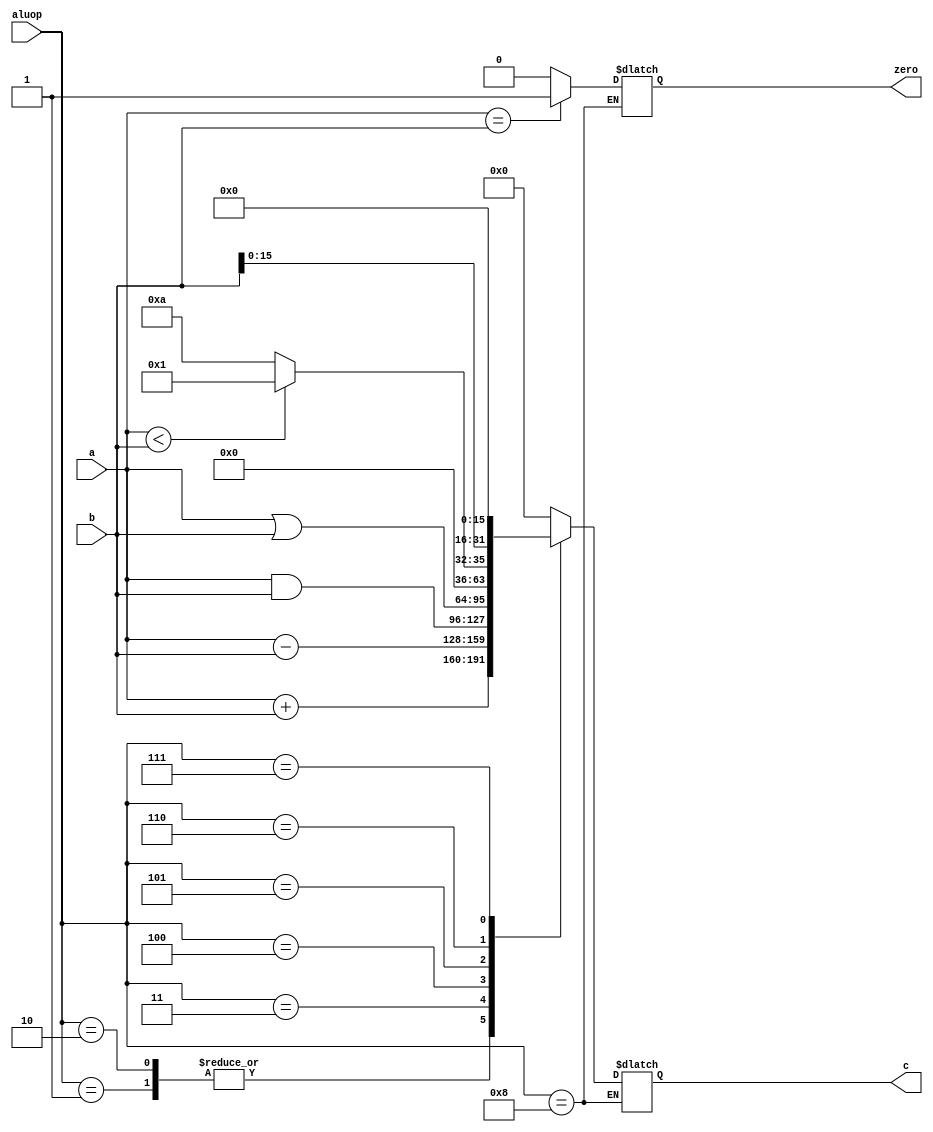
module alu(c,zero,a,b,aluop);
    output  reg [31:0] c;
	output  reg zero; 
	input [31:0] a;
    input [31:0] b;
    input [4:0] aluop;	
	wire [31:0]as;
	wire  [31:0]bs;
	assign as = $signed(a);
	assign bs = $signed(b);

	always @*
	begin
		case (aluop)
			5'b00001: c = as+bs;  
			5'b00010: c = a+b;    
			5'b00011: c = a-b;    
			5'b00100: c = a&b;    
			5'b00101: c = a|b;   
			5'b00110: c = (as < bs) ? 32'd1 : 32'd10; 
			5'b00111: c = {b[15:0],16'b0000000000000000};
			5'b01000:
			begin
       		  if(a == b)
				zero = 1'b1;
			  else
				zero = 1'b0;
			end
		default: c= 32'b0000_0000;
		endcase
   end    
endmodule